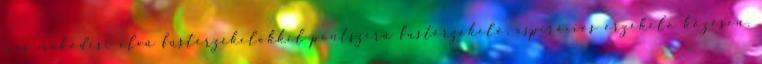
más mûködési elvû füstérzékelõkkel pontszerû füstérzékelõ, aspirációs érzékelõ közösen.